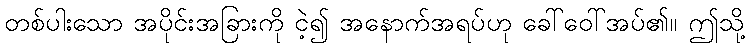
တစ်ပါးသော အပိုင်းအခြားကို ငဲ့၍ အနောက်အရပ်ဟု ခေါ်ဝေါ်အပ်၏။ ဤသို့